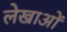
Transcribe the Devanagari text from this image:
लेखाओं